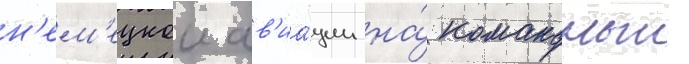
н'ем'ецкои ав'иа́ции на́ командныи